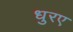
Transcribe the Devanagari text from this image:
धुरए